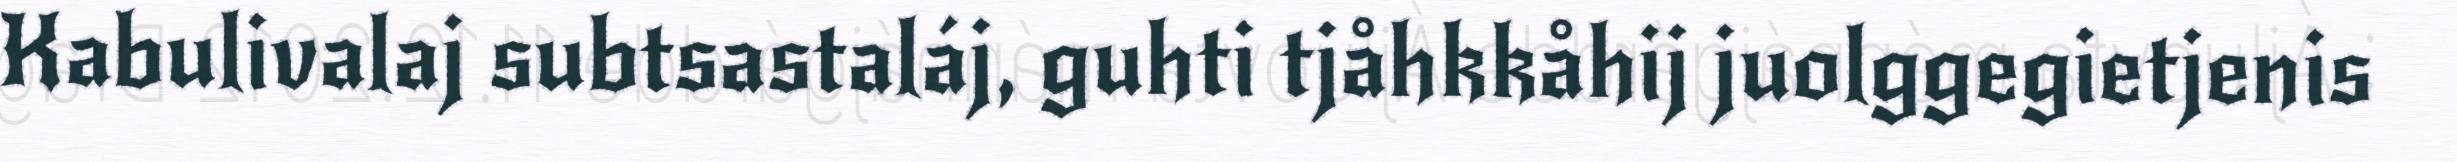
Kabulivalaj subtsastaláj, guhti tjåhkkåhij juolggegietjenis